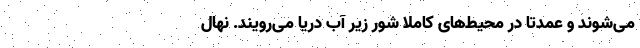
می‌شوند و عمدتاً در محیط‌های کاملاً شور زیر آب دریا می‌رویند. نهال